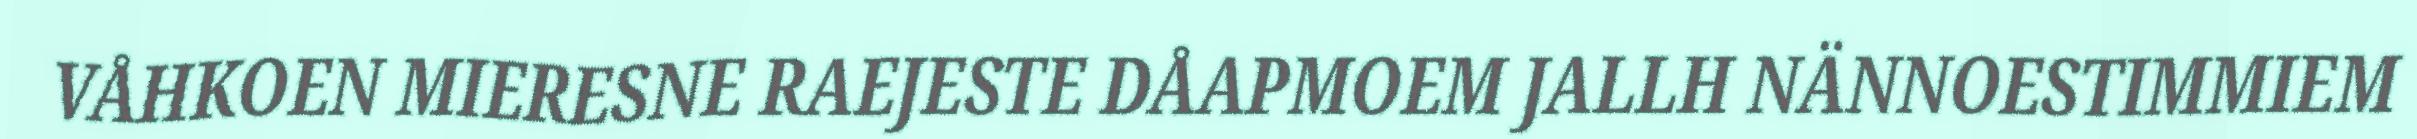
VÅHKOEN MIERESNE RAEJESTE DÅAPMOEM JALLH NÄNNOESTIMMIEM